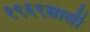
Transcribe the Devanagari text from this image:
१९६९साली